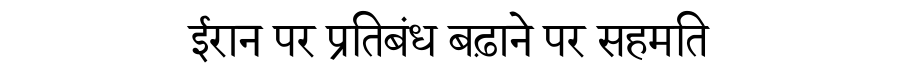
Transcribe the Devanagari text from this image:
ईरान पर प्रतिबंध बढ़ाने पर सहमति